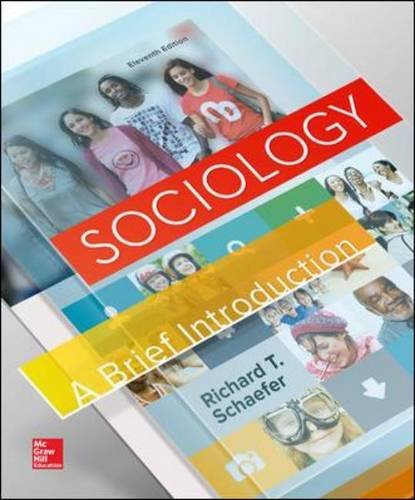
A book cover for Sociology: A Brief Introduction; Richard T. Schaefer; Science & Math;